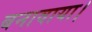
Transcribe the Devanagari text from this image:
बनावाया।